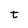
Character: t